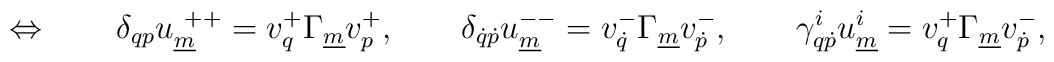
\Leftrightarrow \qquad \delta_{qp}u^{~++}_{\underline{ m}} = v^+_q \Gamma_{\underline{m}} v^+_p , \qquad \delta_{\dot{q} \dot{p}} u^{--}_{\underline{ m}} =v^{-}_{\dot q}\Gamma_{\underline{m}}v^{-}_{\dot p} , \qquad \gamma ^{i}_{q \dot p}u^{i}_{\underline{ m}}= v^+_q\Gamma_{\underline{ m}}v^{-}_{\dot p}    ,